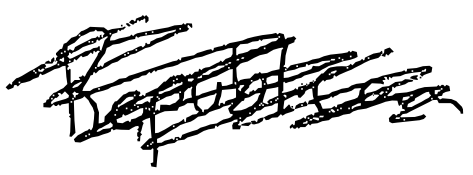
Text: Republican
Cross-out: scratch
Writing tool: digital_black